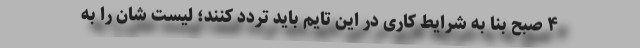
۴ صبح بنا به شرایط کاری در این تایم باید تردد کنند؛ لیست شان را به